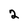
Character: 2